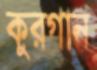
কুরগান